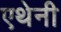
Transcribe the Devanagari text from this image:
एथेनी